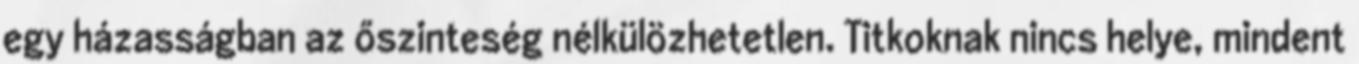
egy házasságban az őszinteség nélkülözhetetlen. Titkoknak nincs helye, mindent